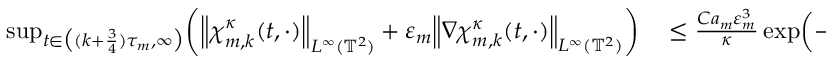
\begin{array} { r l } { \operatorname* { s u p } _ { t \in \bigl ( ( k + \frac 3 4 ) \tau _ { m } , \infty \bigr ) } \mathopen { } \mathclose \bgroup \left( \mathopen { } \mathclose \bgroup \left\| { \boldsymbol { \chi } } _ { m , k } ^ { \kappa } ( t , \cdot ) \aftergroup \egroup \right\| _ { L ^ { \infty } ( \ensuremath { \mathbb { T } } ^ { 2 } ) } + \varepsilon _ { m } \mathopen { } \mathclose \bgroup \left\| \nabla { \boldsymbol { \chi } } _ { m , k } ^ { \kappa } ( t , \cdot ) \aftergroup \egroup \right\| _ { L ^ { \infty } ( \ensuremath { \mathbb { T } } ^ { 2 } ) } \aftergroup \egroup \right) } & { { } \leq \frac { C a _ { m } \varepsilon _ { m } ^ { 3 } } { \kappa } \exp \mathopen { } \mathclose \bgroup \left( - \frac { \pi ^ { 2 } \kappa \tau _ { m } } { 3 \varepsilon _ { m } ^ { 2 } } \aftergroup \egroup \right) } \end{array}